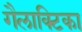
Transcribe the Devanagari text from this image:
गैलाक्टिका